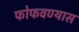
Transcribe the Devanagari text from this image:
फोफवण्यास